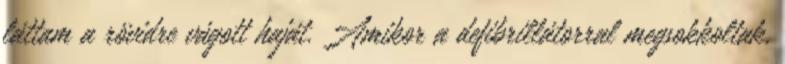
láttam a rövidre vágott haját. Amikor a defibrillátorral megsokkoltak,